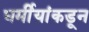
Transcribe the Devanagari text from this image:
धर्मीयांकडून